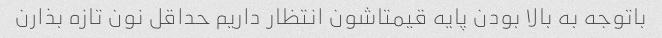
باتوجه به بالا بودن پایه قیمتاشون انتظار داریم حداقل نون تازه بذارن